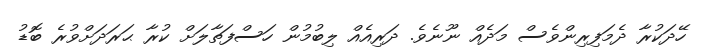
ހޭދަކުރާ ދެމަފިރިންވެސް މަދެއް ނޫނެވެ. ދަރިއެއް ލިބުމުން ހަސްފަތާލަށް ކުރާ ޙަރަދަށްވުރެ ބޮޑު